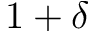
1 + \delta